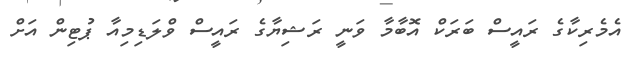
އެމެރިކާގެ ރައީސް ބަރަކް އޮބާމާ ވަނީ ރަޝިޔާގެ ރައީސް ވްލަޑިމިއާ ޕުޓިން އަށް